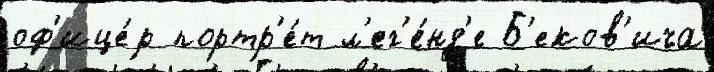
оф'ице́р портр'е́т л'ег'е́нд'е Б'еков'ича